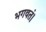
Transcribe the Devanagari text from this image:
भगवतं।